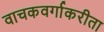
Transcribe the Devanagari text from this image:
वाचकवर्गाकरीता